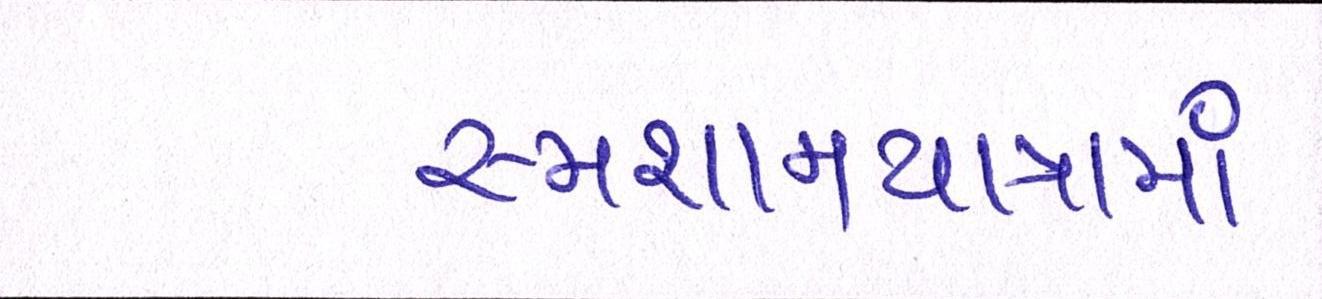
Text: સ્મશાનયાત્રામાં